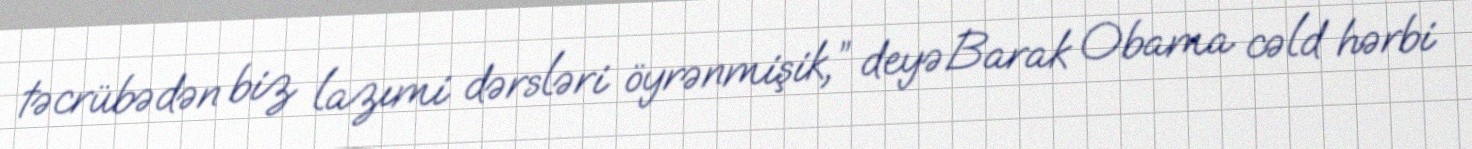
təcrübədən biz lazımi dərsləri öyrənmişik,” deyə Barak Obama cəld hərbi